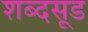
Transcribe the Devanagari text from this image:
शब्दसूड